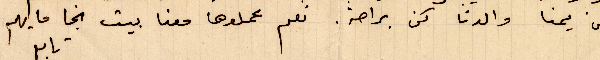
من يمنا والدنا كن براحة. نعم عملوها معنا بيت نجا ما يهم